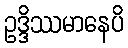
ဥဒ္ဒိဿမာနေပိ